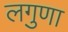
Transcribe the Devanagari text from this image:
लगुणा